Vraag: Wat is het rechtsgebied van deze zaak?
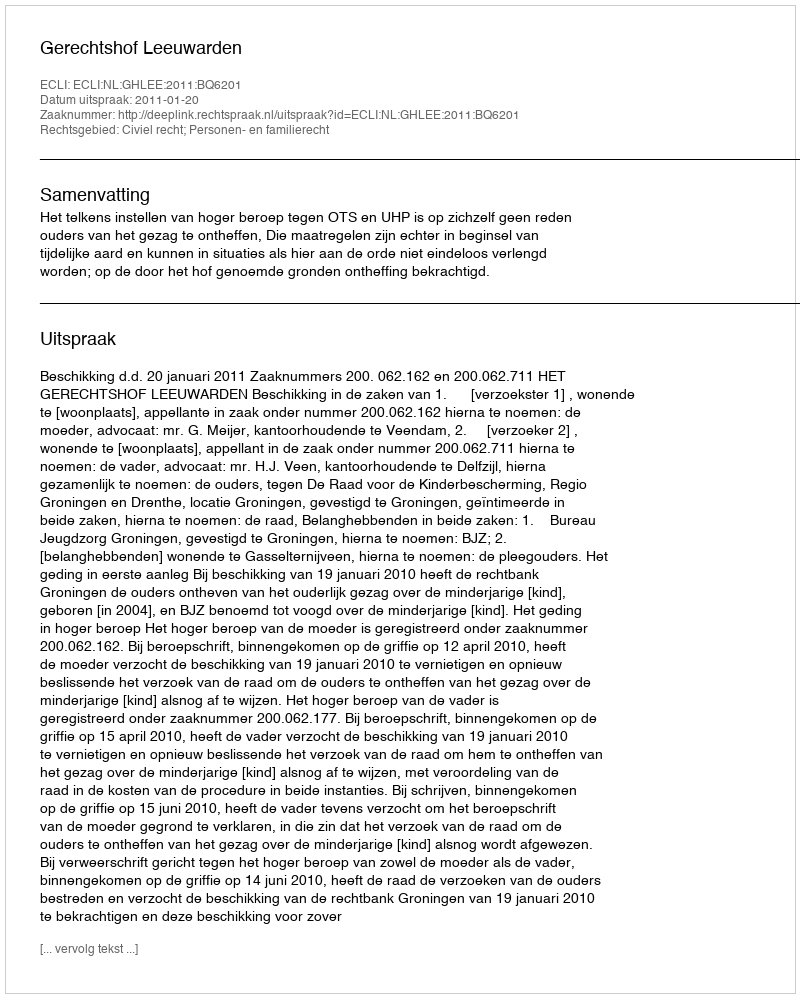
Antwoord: Civiel recht; Personen- en familierecht